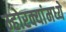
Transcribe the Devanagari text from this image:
म्होरक्यांमध्ये